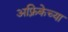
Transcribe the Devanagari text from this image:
अफ़्रिकेच्या